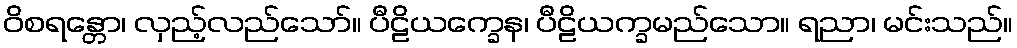
ဝိစရန္တော၊ လှည့်လည်သော်။ ပီဠိယက္ခေန၊ ပီဠိယက္ခမည်သော။ ရညာ၊ မင်းသည်။